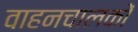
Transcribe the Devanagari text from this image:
वाहनचालकों